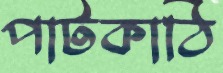
পাটকাঠি